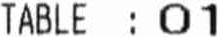
TABLE : 01